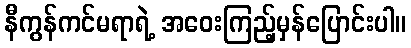
နီကွန်ကင်မရာရဲ့ အဝေးကြည့်မှန်ပြောင်းပါ။